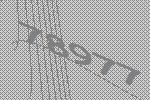
78977